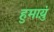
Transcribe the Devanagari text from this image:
हुमाय़ुं